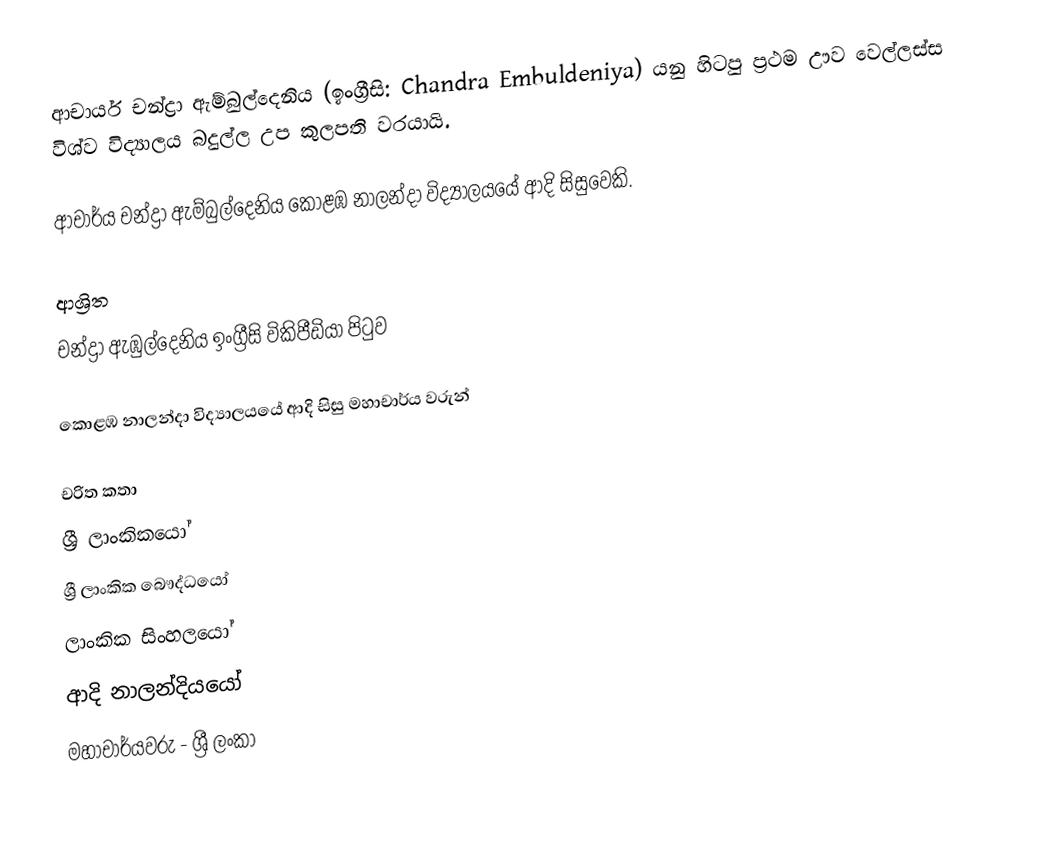
ආචාර්ය චන්ද්‍රා ඇම්බුල්දෙනිය (ඉංග්‍රීසි: Chandra Embuldeniya) යනු හිටපු ප්‍රථම ඌව වෙල්ලස්ස විශ්ව විද්‍යාලය බදුල්ල උප කුලපති වරයායි.

ආචාර්ය චන්ද්‍රා ඇම්බුල්දෙනිය  කොළඹ නාලන්දා විද්‍යාලයයේ ආදි සිසුවෙකි.

ආශ්‍රිත
 චන්ද්‍රා ඇඹුල්දෙනිය ඉංග්‍රීසි විකිපීඩියා පිටුව

 කොළඹ නාලන්දා විද්‍යාලයයේ ආදි සිසු මහාචාර්ය වරුන්

චරිත කතා
ශ්‍රී ලාංකිකයෝ
ශ්‍රී ලාංකික බෞද්ධයෝ
ලාංකික සිංහලයෝ
ආදි නාලන්දියයෝ
මහාචාර්යවරු - ශ්‍රී ලංකා